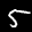
Label: 5